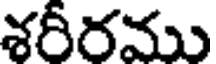
శరీరము